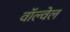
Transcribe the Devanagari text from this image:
वॉल्वेल